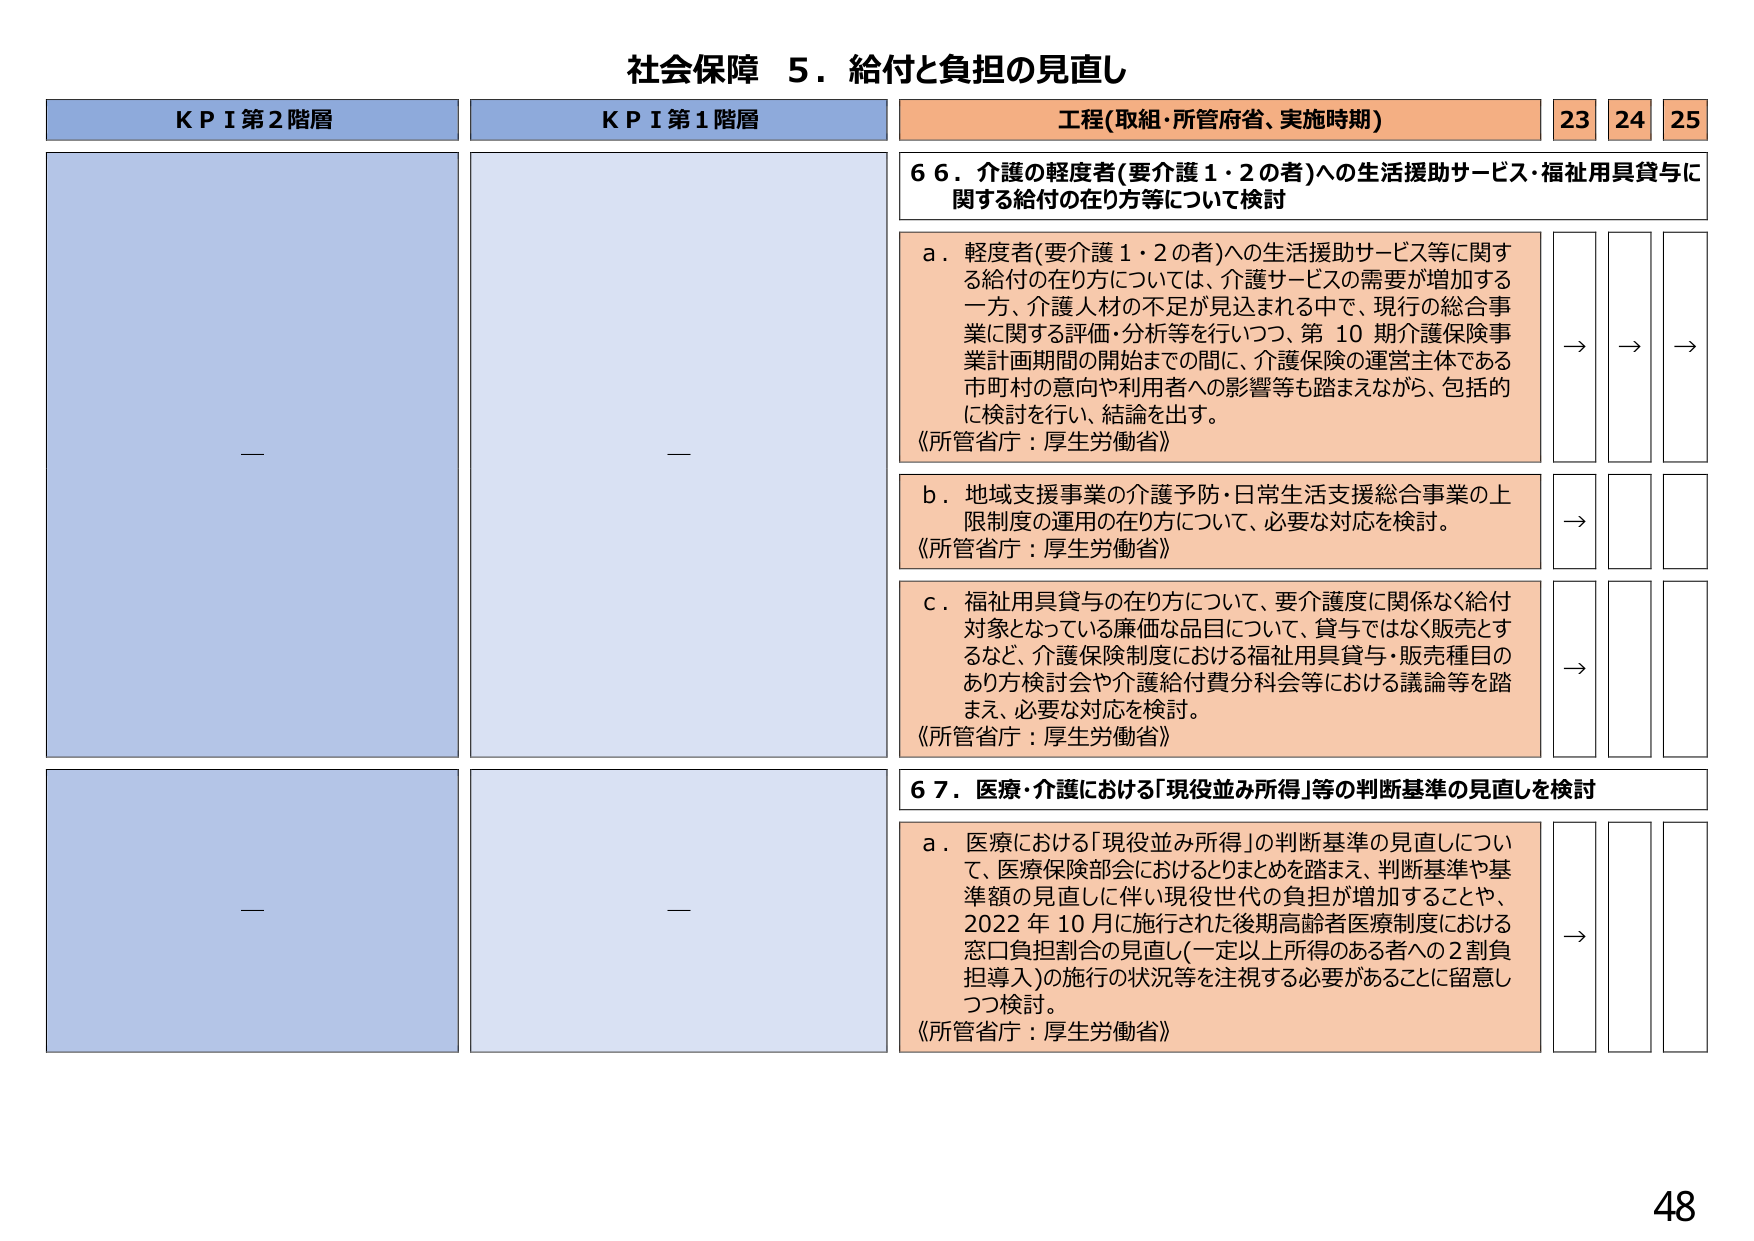
社会保障 5．給付と負担の見直し

KPI第2階層
—

KPI第1階層
—

工程(取組・所管府省、実施時期)
23 24 25

66．介護の軽度者(要介護1・2の者)への生活援助サービス・福祉用具貸与に関する給付の在り方等について検討

a．軽度者(要介護1・2の者)への生活援助サービス等に関する給付の在り方については、介護サービスの需要が増加する一方、介護人材の不足が見込まれる中で、現行の総合事業に関する評価・分析等を行いつつ、第10期介護保険事業計画期間の開始までの間に、介護保険の運営主体である市町村の意向や利用者への影響等も踏まえながら、包括的に検討を行い、結論を出す。
《所管省庁：厚生労働省》

→ → →

b．地域支援事業の介護予防・日常生活支援総合事業の上限制度の運用の在り方について、必要な対応を検討。
《所管省庁：厚生労働省》

→ → →

c．福祉用具貸与の在り方について、要介護度に関係なく給付対象となっている廉価な品目について、貸与ではなく販売とするなど、介護保険制度における福祉用具貸与・販売種目のあり方検討会や介護給付費分科会等における議論等を踏まえ、必要な対応を検討。
《所管省庁：厚生労働省》

→ → →

67．医療・介護における「現役並み所得」等の判断基準の見直しを検討

a．医療における「現役並み所得」の判断基準の見直しについて、医療保険部会におけるとりまとめを踏まえ、判断基準や基準額の見直しに伴い現役世代の負担が増加することや、2022年10月に施行された後期高齢者医療制度における窓口負担割合の見直し(一定以上所得のある者への2割負担導入)の施行の状況等を注視する必要があることに留意しつつ検討。
《所管省庁：厚生労働省》

→ → →

48